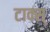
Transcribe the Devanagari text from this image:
टाक्स्